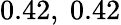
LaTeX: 0.42,\ 0.42